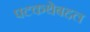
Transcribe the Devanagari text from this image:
पटकथेबद्दल